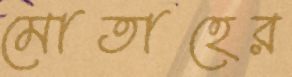
মোতাহের